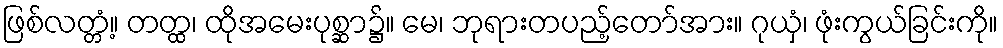
ဖြစ်လတ္တံ့။ တတ္ထ၊ ထိုအမေးပုစ္ဆာ၌။ မေ၊ ဘုရားတပည့်တော်အား။ ဂုယှံ၊ ဖုံးကွယ်ခြင်းကို။